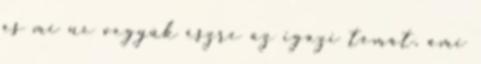
és mi ne vegyük észre az igazi témát, ami